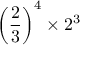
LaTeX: \left( { \frac { 2 } { 3 } } \right) ^ { 4 } \times 2 ^ { 3 }